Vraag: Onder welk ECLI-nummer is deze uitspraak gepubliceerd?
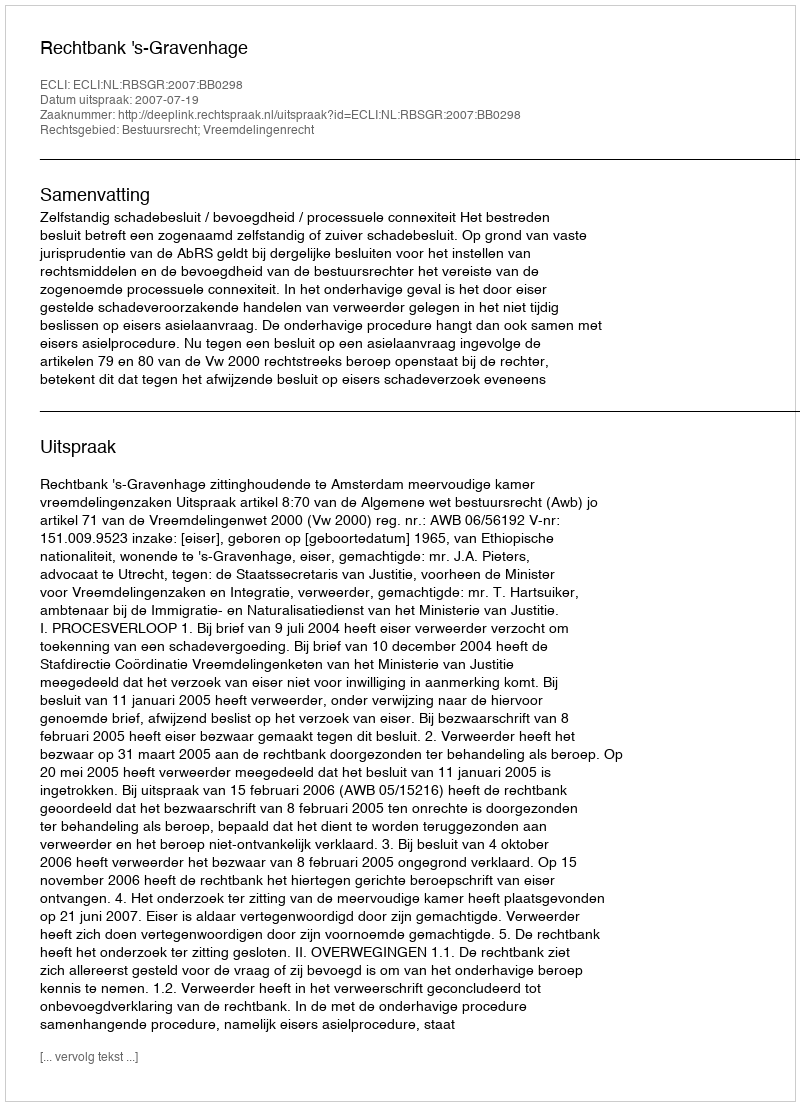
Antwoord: ECLI:NL:RBSGR:2007:BB0298